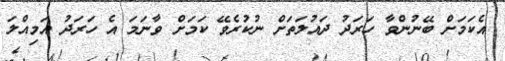
އެކަމަށް ބޭނުންވާ ހަރަދު ދައުލަތަށް ނުކުރެވޭ ކަމަށް ވާނަމަ އެ ހަރަދު އަމިއްލަ